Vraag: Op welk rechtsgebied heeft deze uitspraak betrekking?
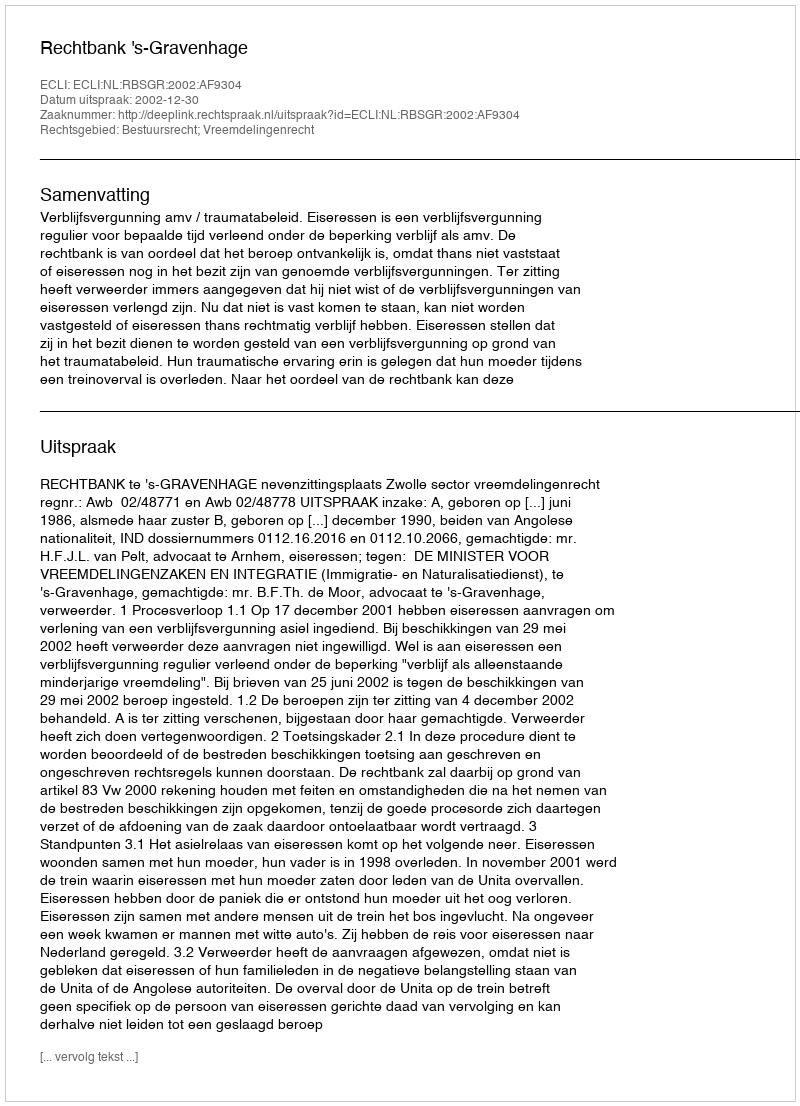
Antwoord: Bestuursrecht; Vreemdelingenrecht